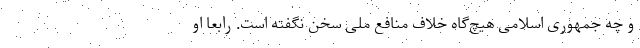
و چه جمهوری اسلامی هیچ‌گاه خلاف منافع ملی سخن نگفته است. رابعا او